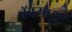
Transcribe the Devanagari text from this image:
वॅबसाइटें